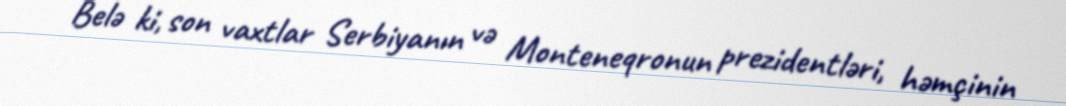
Belə ki, son vaxtlar Serbiyanın və Monteneqronun prezidentləri, həmçinin